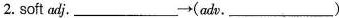
2. soft adi.___ \rightarrow (adv.___)